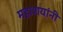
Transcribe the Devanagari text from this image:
महाशयांनी